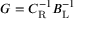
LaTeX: G = C _ { \mathrm { R } } ^ { - 1 } B _ { \mathrm { L } } ^ { - 1 }